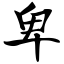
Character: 卑